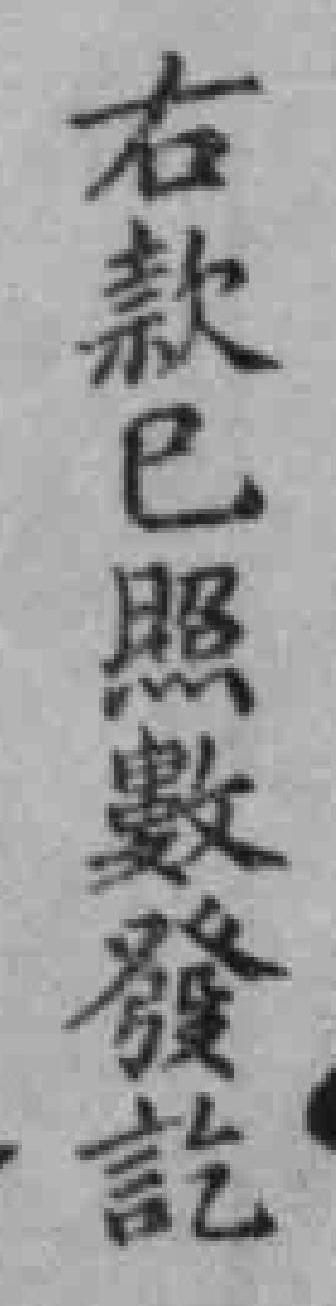
右款已照數發訖